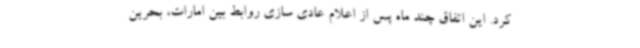
کرد. این اتفاق چند ماه پس از اعلام عادی سازی روابط بین امارات، بحرین